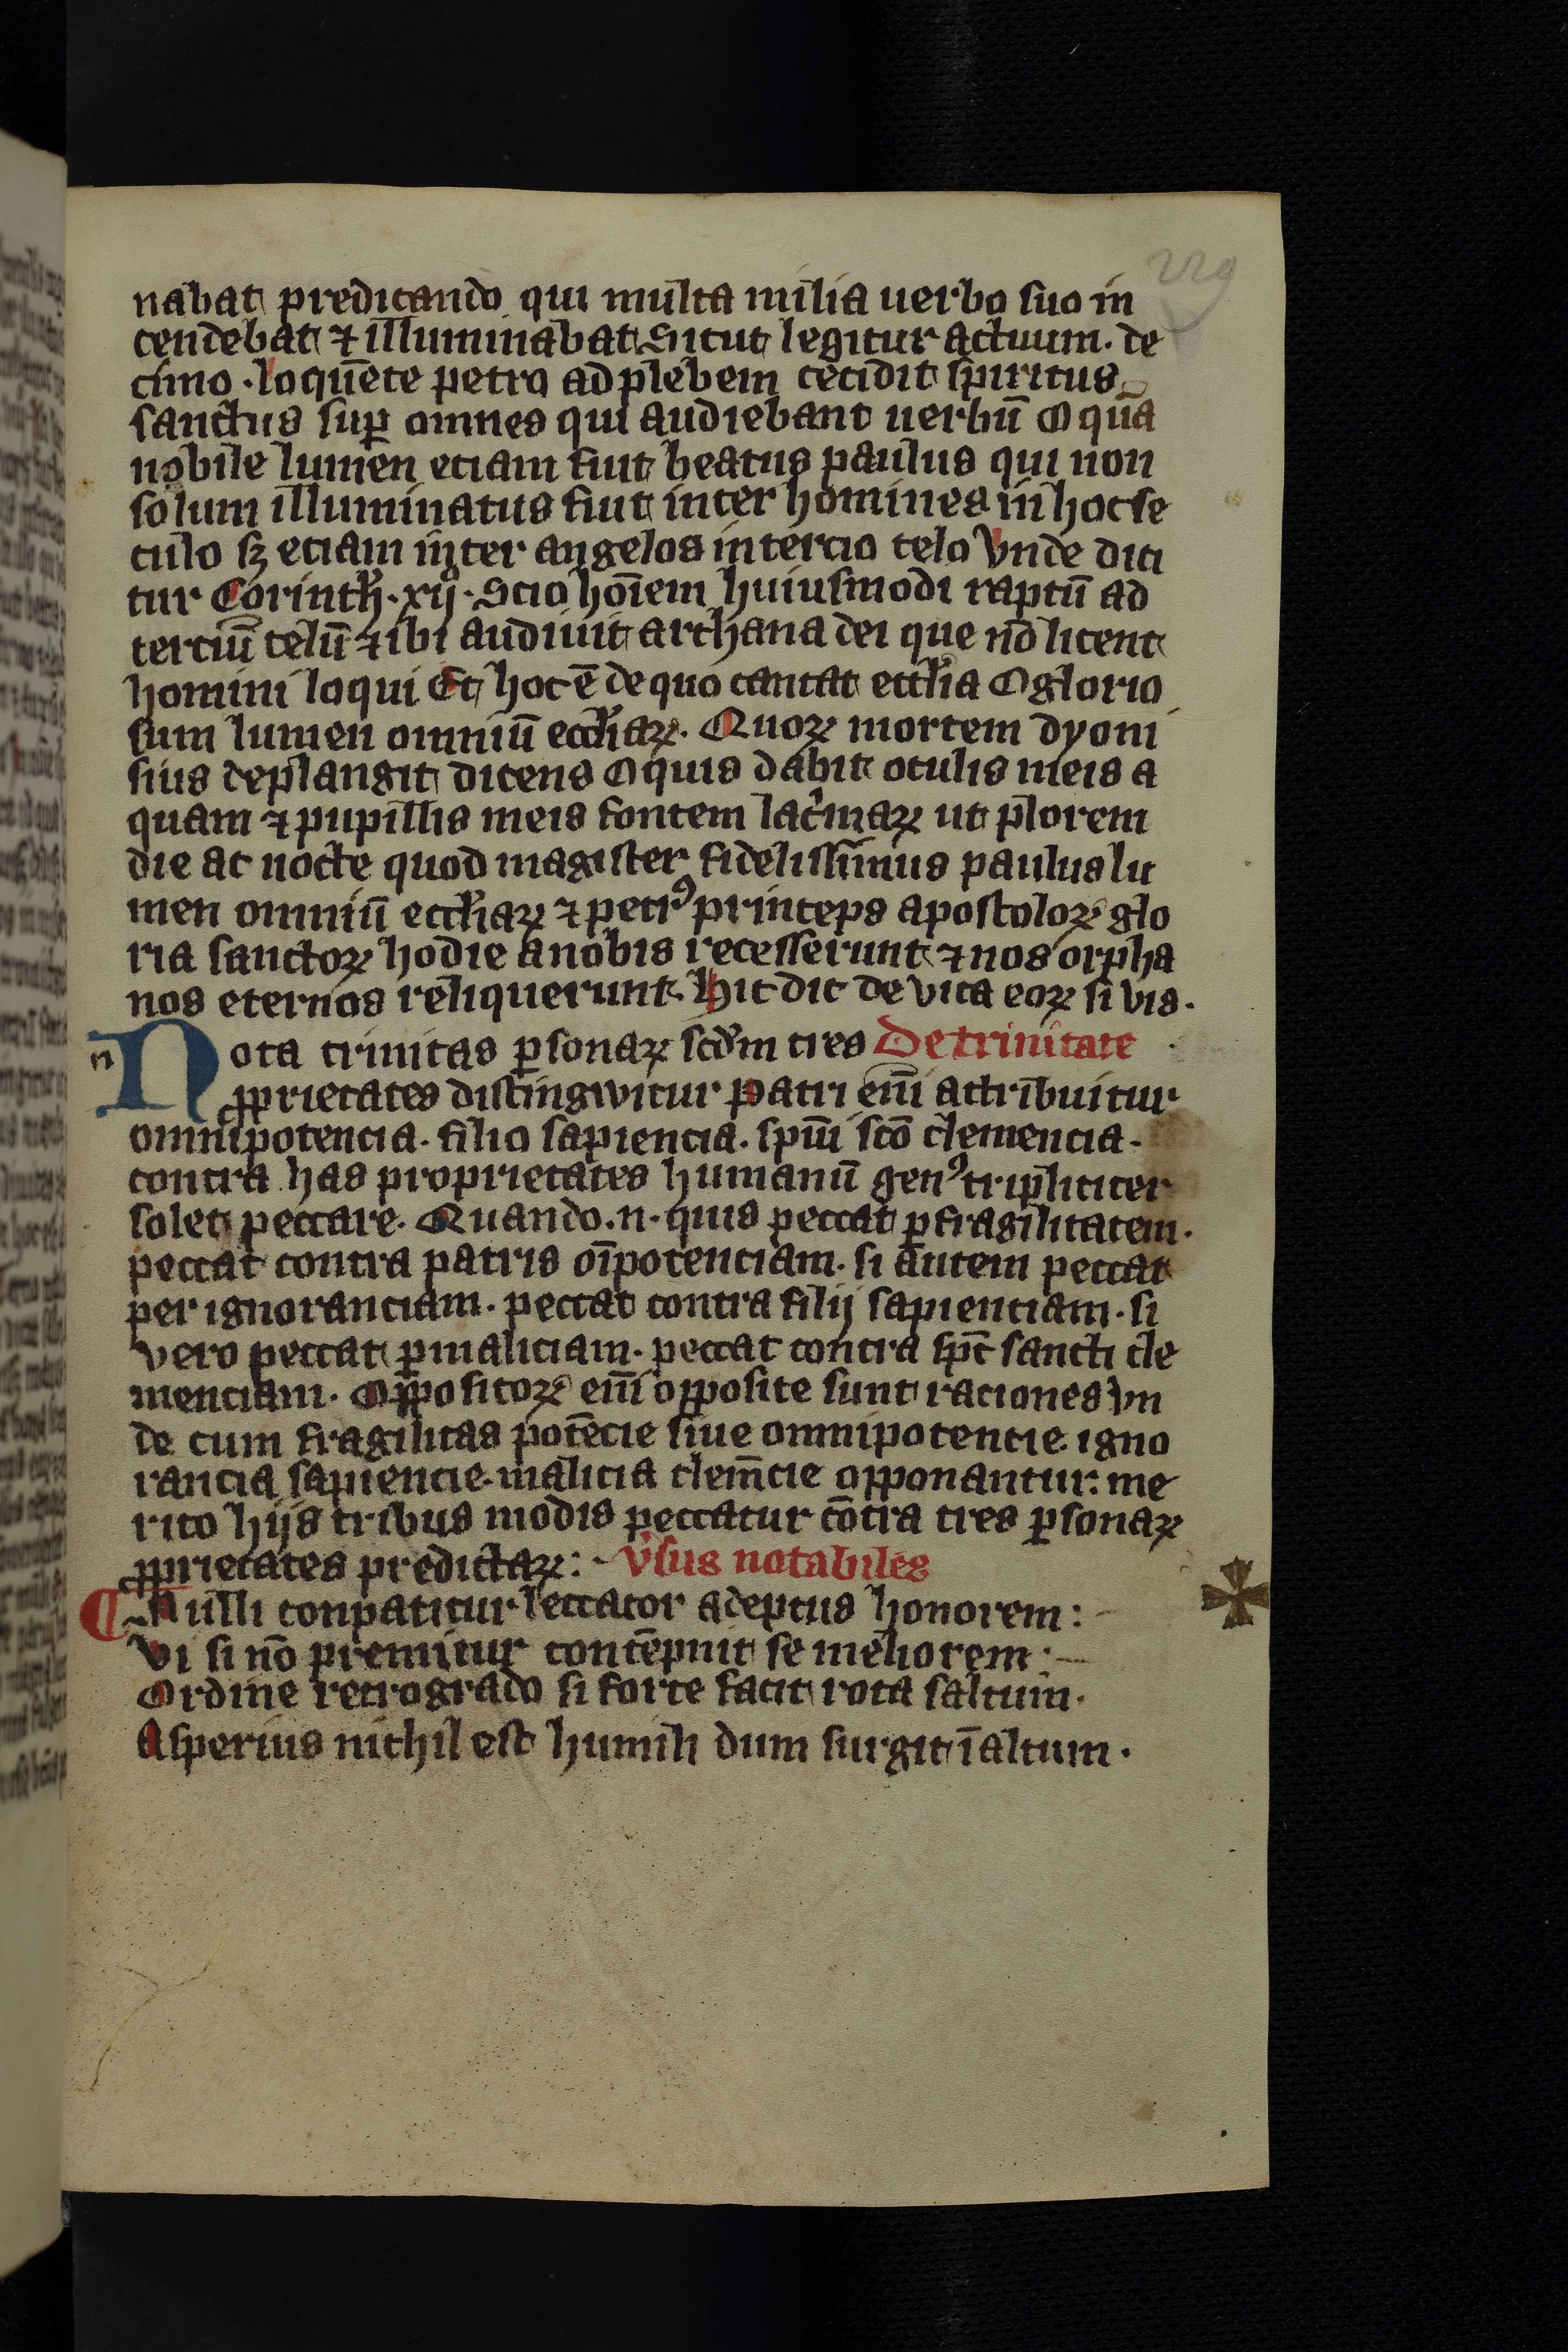
Shelfmark: Leipzig, Universitäts Bibliothek Leipzig, Ms 758
Century: 14